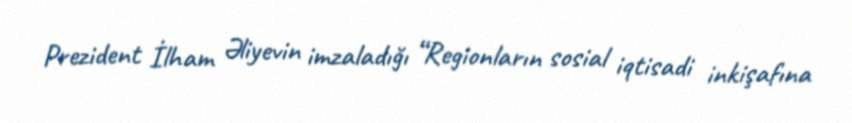
Prezident İlham Əliyevin imzaladığı “Regionların sosial iqtisadi inkişafına